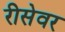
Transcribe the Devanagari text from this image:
रीसेवर